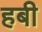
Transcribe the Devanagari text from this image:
हबी